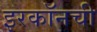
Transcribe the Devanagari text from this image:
इरकॉनची